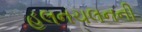
હલનચલનની